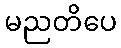
မညတိပေ